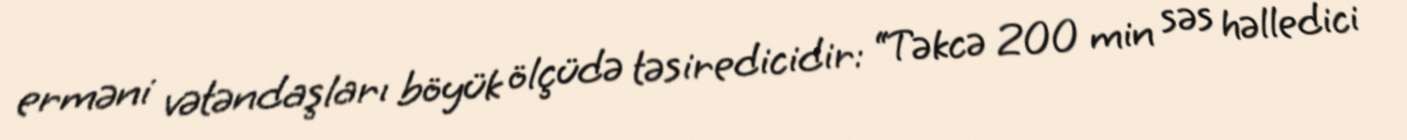
erməni vətəndaşları böyük ölçüdə təsiredicidir: “Təkcə 200 min səs həlledici